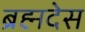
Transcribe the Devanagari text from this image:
ब्रह्मदेस